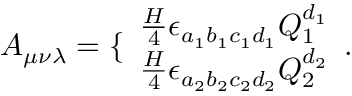
A _ { \mu \nu \lambda } = \{ \begin{array} { l } { { \frac { H } { 4 } \epsilon _ { a _ { 1 } b _ { 1 } c _ { 1 } d _ { 1 } } Q _ { 1 } ^ { d _ { 1 } } } } \\ { { \frac { H } { 4 } \epsilon _ { a _ { 2 } b _ { 2 } c _ { 2 } d _ { 2 } } Q _ { 2 } ^ { d _ { 2 } } } } \end{array} .